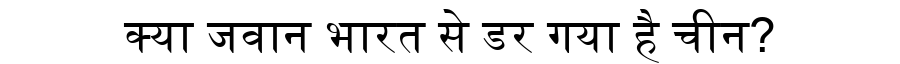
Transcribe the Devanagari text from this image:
क्या जवान भारत से डर गया है चीन?